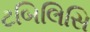
ટબિલિસિ